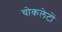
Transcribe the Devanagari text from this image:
चोकलेटों